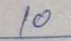
10